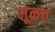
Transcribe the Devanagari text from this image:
मूळच